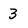
Character: 3